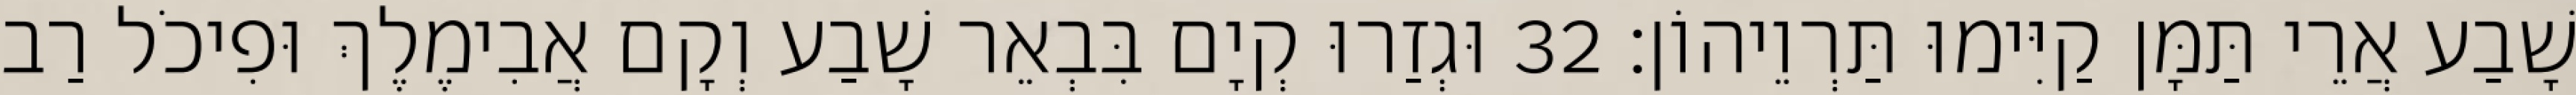
שָׁבַע אֲרֵי תַּמָּן קַיִּימוּ תַּרְוֵיהוֹן׃ 32 וּגְזַרוּ קְיָם בִּבְאֵר שָׁבַע וְקָם אֲבִימֶלֶךְ וּפִיכֹל רַב